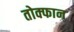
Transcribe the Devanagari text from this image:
तोक्फान